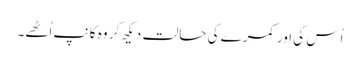
اُس کی اور کمرے کی حالت دیکھ کر وہ کانپ اُٹھے۔